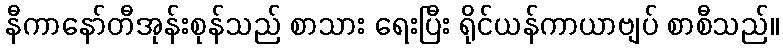
နီကာနော်တီအုန်းစုန်သည် စာသား ရေးပြီး ရိုင်ယန်ကာယာဗျပ် စာစီသည်။